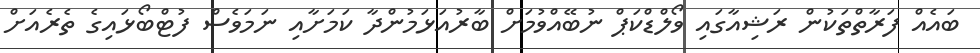
ބައެއް ފަރާތްތަކުން ރަޝިއާގައި ވޯލްޑްކަޕް ނުބޭއްވުމަށް ބާރުއަޅަމުންދާ ކަމަށާއި ނަމަވެސް ފުޓްބޯޅައިގެ ތެރެއަށް